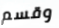
وقسم